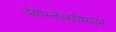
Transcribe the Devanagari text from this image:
चेकोस्लोव्हाकियावर